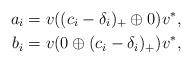
LaTeX: \begin{align*}a_i &=v((c_i-\delta_i)_+\oplus 0)v^*,\\b_i &=v(0\oplus (c_i-\delta_i)_+)v^*,\end{align*}